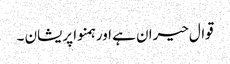
قوال حیران ہے اور ہمنوا پریشان ۔